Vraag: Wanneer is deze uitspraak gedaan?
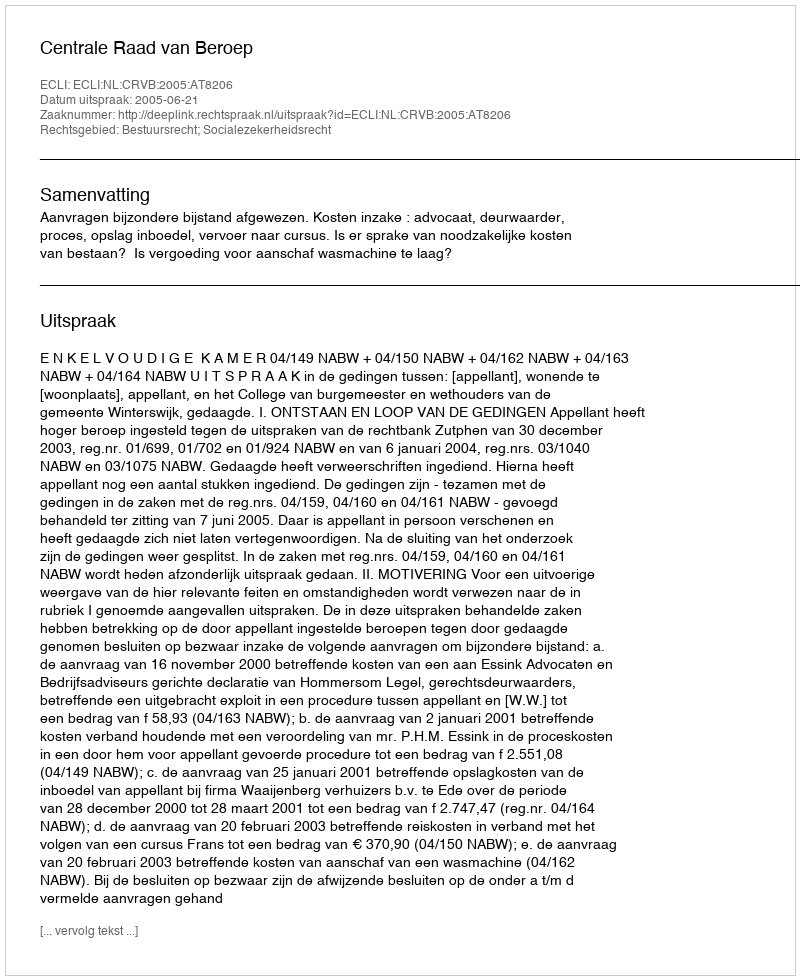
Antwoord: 2005-06-21